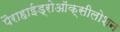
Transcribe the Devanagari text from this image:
पैराहाईड्रोऑक्सीलोशन